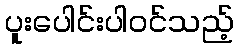
ပူးပေါင်းပါဝင်သည့်